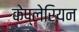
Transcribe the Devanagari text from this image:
केप्लेरियन